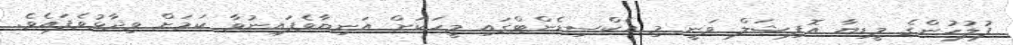
ފުލުހުންގެ މީޑިޔާ އޮފިޝަލް ވަނީ މި އެކްސިޑެންޓްގައި މީހަކަށް އަނިޔާވެފައިނުވާ ކަމަށް ވިދާޅުވެފައެވެ.